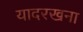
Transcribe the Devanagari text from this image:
यादरखना